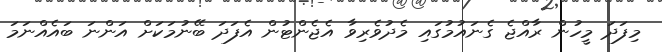
މިފަދަ މީހުން ރާއްޖެ ގެނައުމުގައި މެދުވެރިވާ އެޖެންޓުން އެފަދަ ބޭނުމަކަށް އަންނަ ބައެއްނަމަ